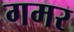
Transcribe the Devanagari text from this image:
गमर